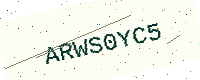
Text: ARWS0YC5